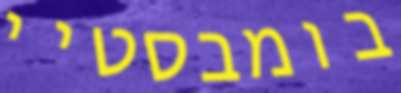
בומבסטיי